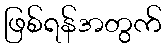
ဖြစ်ရန်အတွက်